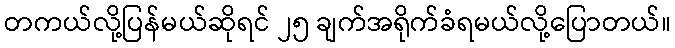
တကယ်လို့ပြန်မယ်ဆိုရင် ၂၅ ချက်အရိုက်ခံရမယ်လို့ပြောတယ်။